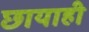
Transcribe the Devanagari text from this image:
छायाही